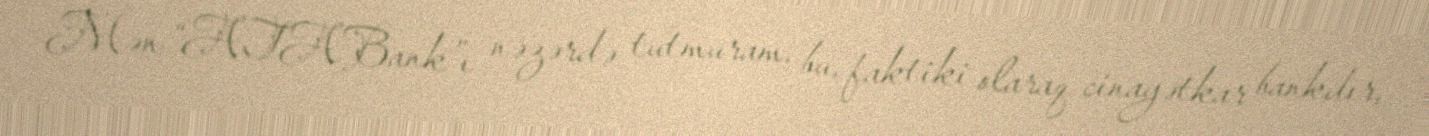
Mən “ATABank”ı nəzərdə tutmuram, bu, faktiki olaraq cinayətkar bankdır,